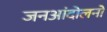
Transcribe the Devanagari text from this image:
जनआंदोलनों